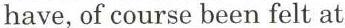
have, of course been felt at